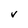
Character: V